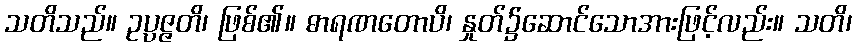
သတိသည်။ ဥပ္ပဇ္ဇတိ၊ ဖြစ်၏။ ဓာရဏတောပိ၊ နှုတ်၌ဆောင်သောအားဖြင့်လည်း။ သတိ၊